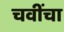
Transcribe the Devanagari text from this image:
चवींचा